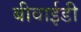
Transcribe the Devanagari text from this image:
बीवाईडी